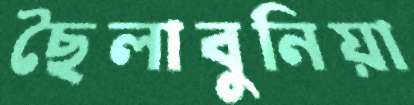
ছৈলাবুনিয়া